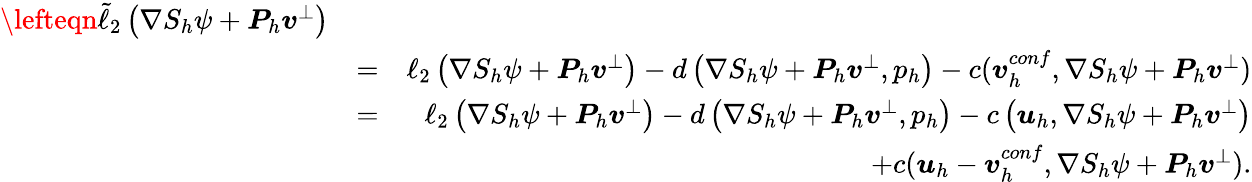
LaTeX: \begin{array}{rlr}{\lefteqn{\tilde{\ell}_{2}\left(\nabla S_{h}\psi+\boldsymbol{P}_{h}\boldsymbol{v}^{\bot}\right)}}\\ &{=}&{\ell_{2}\left(\nabla S_{h}\psi+\boldsymbol{P}_{h}\boldsymbol{v}^{\bot}\right)-d\left(\nabla S_{h}\psi+\boldsymbol{P}_{h}\boldsymbol{v}^{\bot},{p}_{h}\right)-c(\boldsymbol{v}_{h}^{conf},\nabla S_{h}\psi+\boldsymbol{P}_{h}\boldsymbol{v}^{\bot})}\\ &{=}&{\ell_{2}\left(\nabla S_{h}\psi+\boldsymbol{P}_{h}\boldsymbol{v}^{\bot}\right)-d\left(\nabla S_{h}\psi+\boldsymbol{P}_{h}\boldsymbol{v}^{\bot},{p}_{h}\right)-c\left(\boldsymbol{u}_{h},\nabla S_{h}\psi+\boldsymbol{P}_{h}\boldsymbol{v}^{\bot}\right)}\\ &{}&{+c(\boldsymbol{u}_{h}-\boldsymbol{v}_{h}^{conf},\nabla S_{h}\psi+\boldsymbol{P}_{h}\boldsymbol{v}^{\bot}).}\end{array}